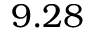
9 . 2 8